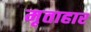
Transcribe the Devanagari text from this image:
मृताहार